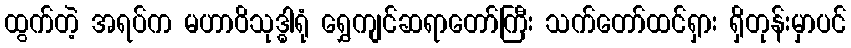
ထွက်တဲ့ အရပ်က မဟာဝိသုဒ္ဓါရုံ ရွှေကျင်ဆရာတော်ကြီး သက်တော်ထင်ရှား ရှိတုန်းမှာပင်